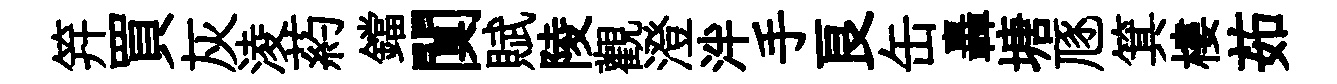
笄買灰淩葯鐺闃賦陵觀澄泮手良缶轟塘豗箕樓茹